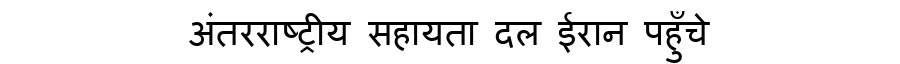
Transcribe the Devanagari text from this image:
अंतरराष्ट्रीय सहायता दल ईरान पहुँचे